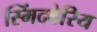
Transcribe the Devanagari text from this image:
स्मिंदबेरिय